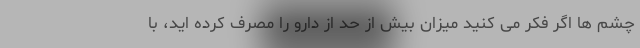
چشم ها اگر فکر می کنید میزان بیش از حد از دارو را مصرف کرده اید، با